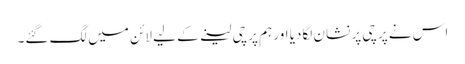
اس نے پرچی پر نشان لگادیا اور ہم پرچی لینے کے لیے لائن میں لگ گئے۔